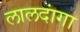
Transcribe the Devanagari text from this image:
लालदांगा